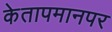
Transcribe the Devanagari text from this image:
केतापमानपर